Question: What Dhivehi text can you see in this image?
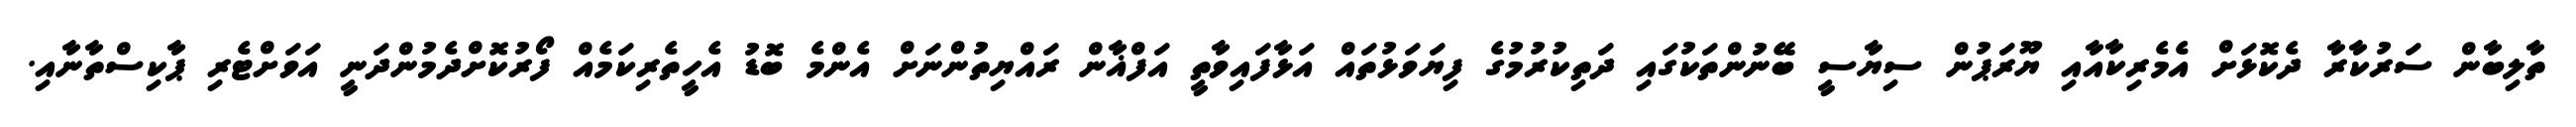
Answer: ތާލިބާން ސަރުކާރާ ދެކޮޅަށް އެމެރިކާއާއި ޔޫރަޕުން ސިޔާސީ ބޭނުންތަކުގައި ދަތިކުރުމުގެ ފިޔަވަޅުތައް އަޅާފައިވާތީ އަފްޣާން ރައްޔިތުންނަށް އެންމެ ބޮޑު އެހީތެރިކަމެއް ފޯރުކޮށްދެމުންދަނީ އަވަށްޓެރި ޕާކިސްތާނާއި.